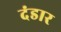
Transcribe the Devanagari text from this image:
दंडार